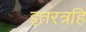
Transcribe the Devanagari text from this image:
इतरत्रहि